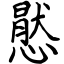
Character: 㦔